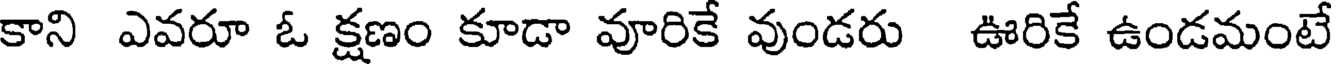
కాని ఎవరూ ఓ క్షణం కూడా వూరికే వుండరు ఊరికే ఉండమంటే